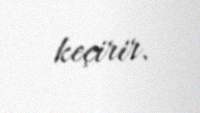
keçirir.